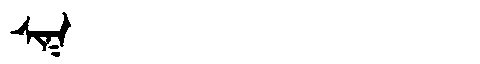
Manchu: ᠰᡳᡴ
Romanization: SIK